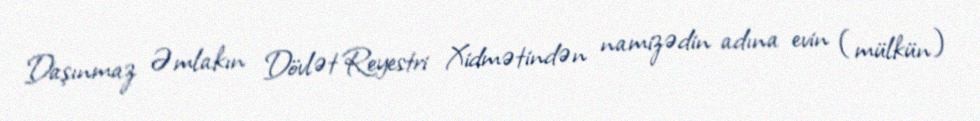
Daşınmaz Əmlakın Dövlət Reyestri Xidmətindən namizədin adına evin (mülkün)